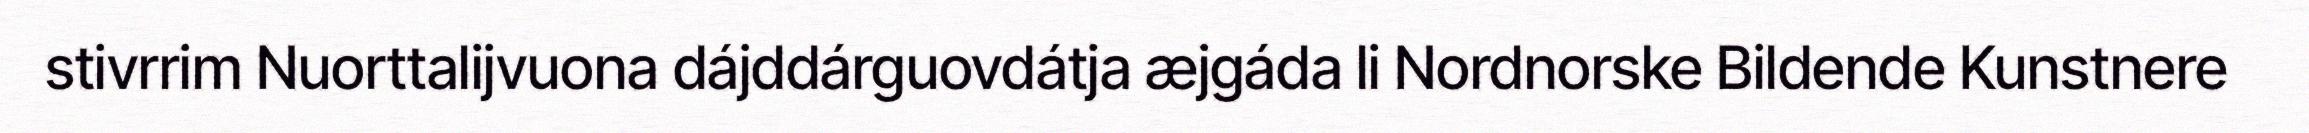
stivrrim Nuorttalijvuona dájddárguovdátja æjgáda li Nordnorske Bildende Kunstnere